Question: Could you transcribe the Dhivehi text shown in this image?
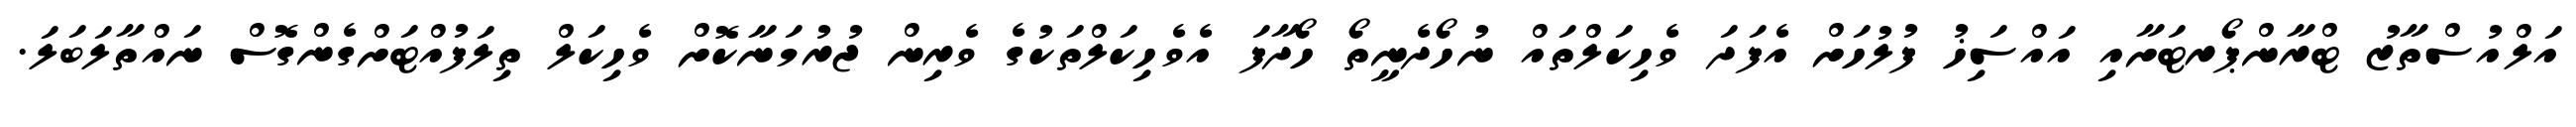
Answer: އަލްއުސްތާޒު ޓްރާންޕޯރޓަށާއި އައްސަިޚު ފުލުހަށް އެފަދަ ވެހިކަލްތައް ނުހޯދެނީތޯ ހޯދާފަ އެވެހިކަލްތަކުގެ ވެރިން ޖުރުމަނާކޮށް ވެހިކަލް ތިލަފުއްޓަށްގެންގޮސް ނައްތާލަބަލަ.